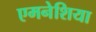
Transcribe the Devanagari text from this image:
एमनेशिया